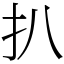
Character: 扒